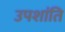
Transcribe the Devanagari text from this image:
उपशांति